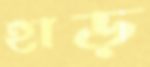
হাড়